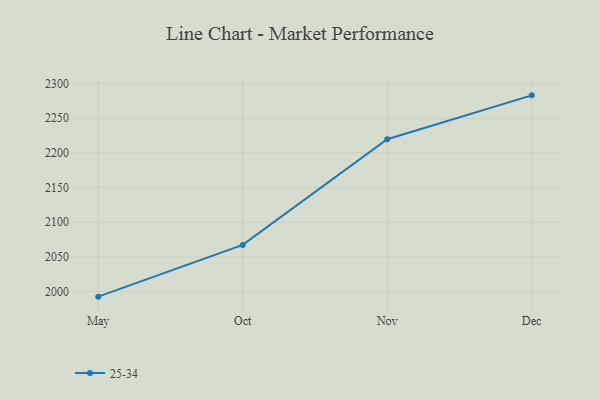
{"axis": {"x": "Month", "y": "Revenue (USD Million)"}, "legend": ["25-34"], "data": [{"x": "May", "y": 1992.6, "type": "25-34"}, {"x": "Oct", "y": 2067.3, "type": "25-34"}, {"x": "Nov", "y": 2219.8, "type": "25-34"}, {"x": "Dec", "y": 2283.1, "type": "25-34"}]}